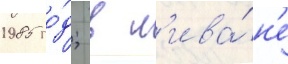
1985 го́д; в л'ива́н'е